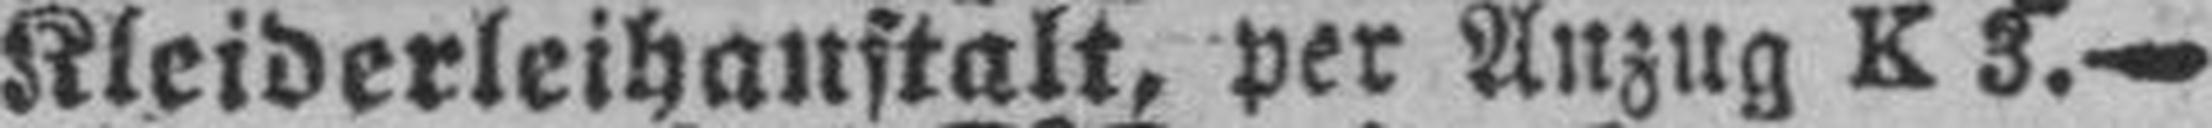
Kleiderleihanstalt, per Anzug K 3.—